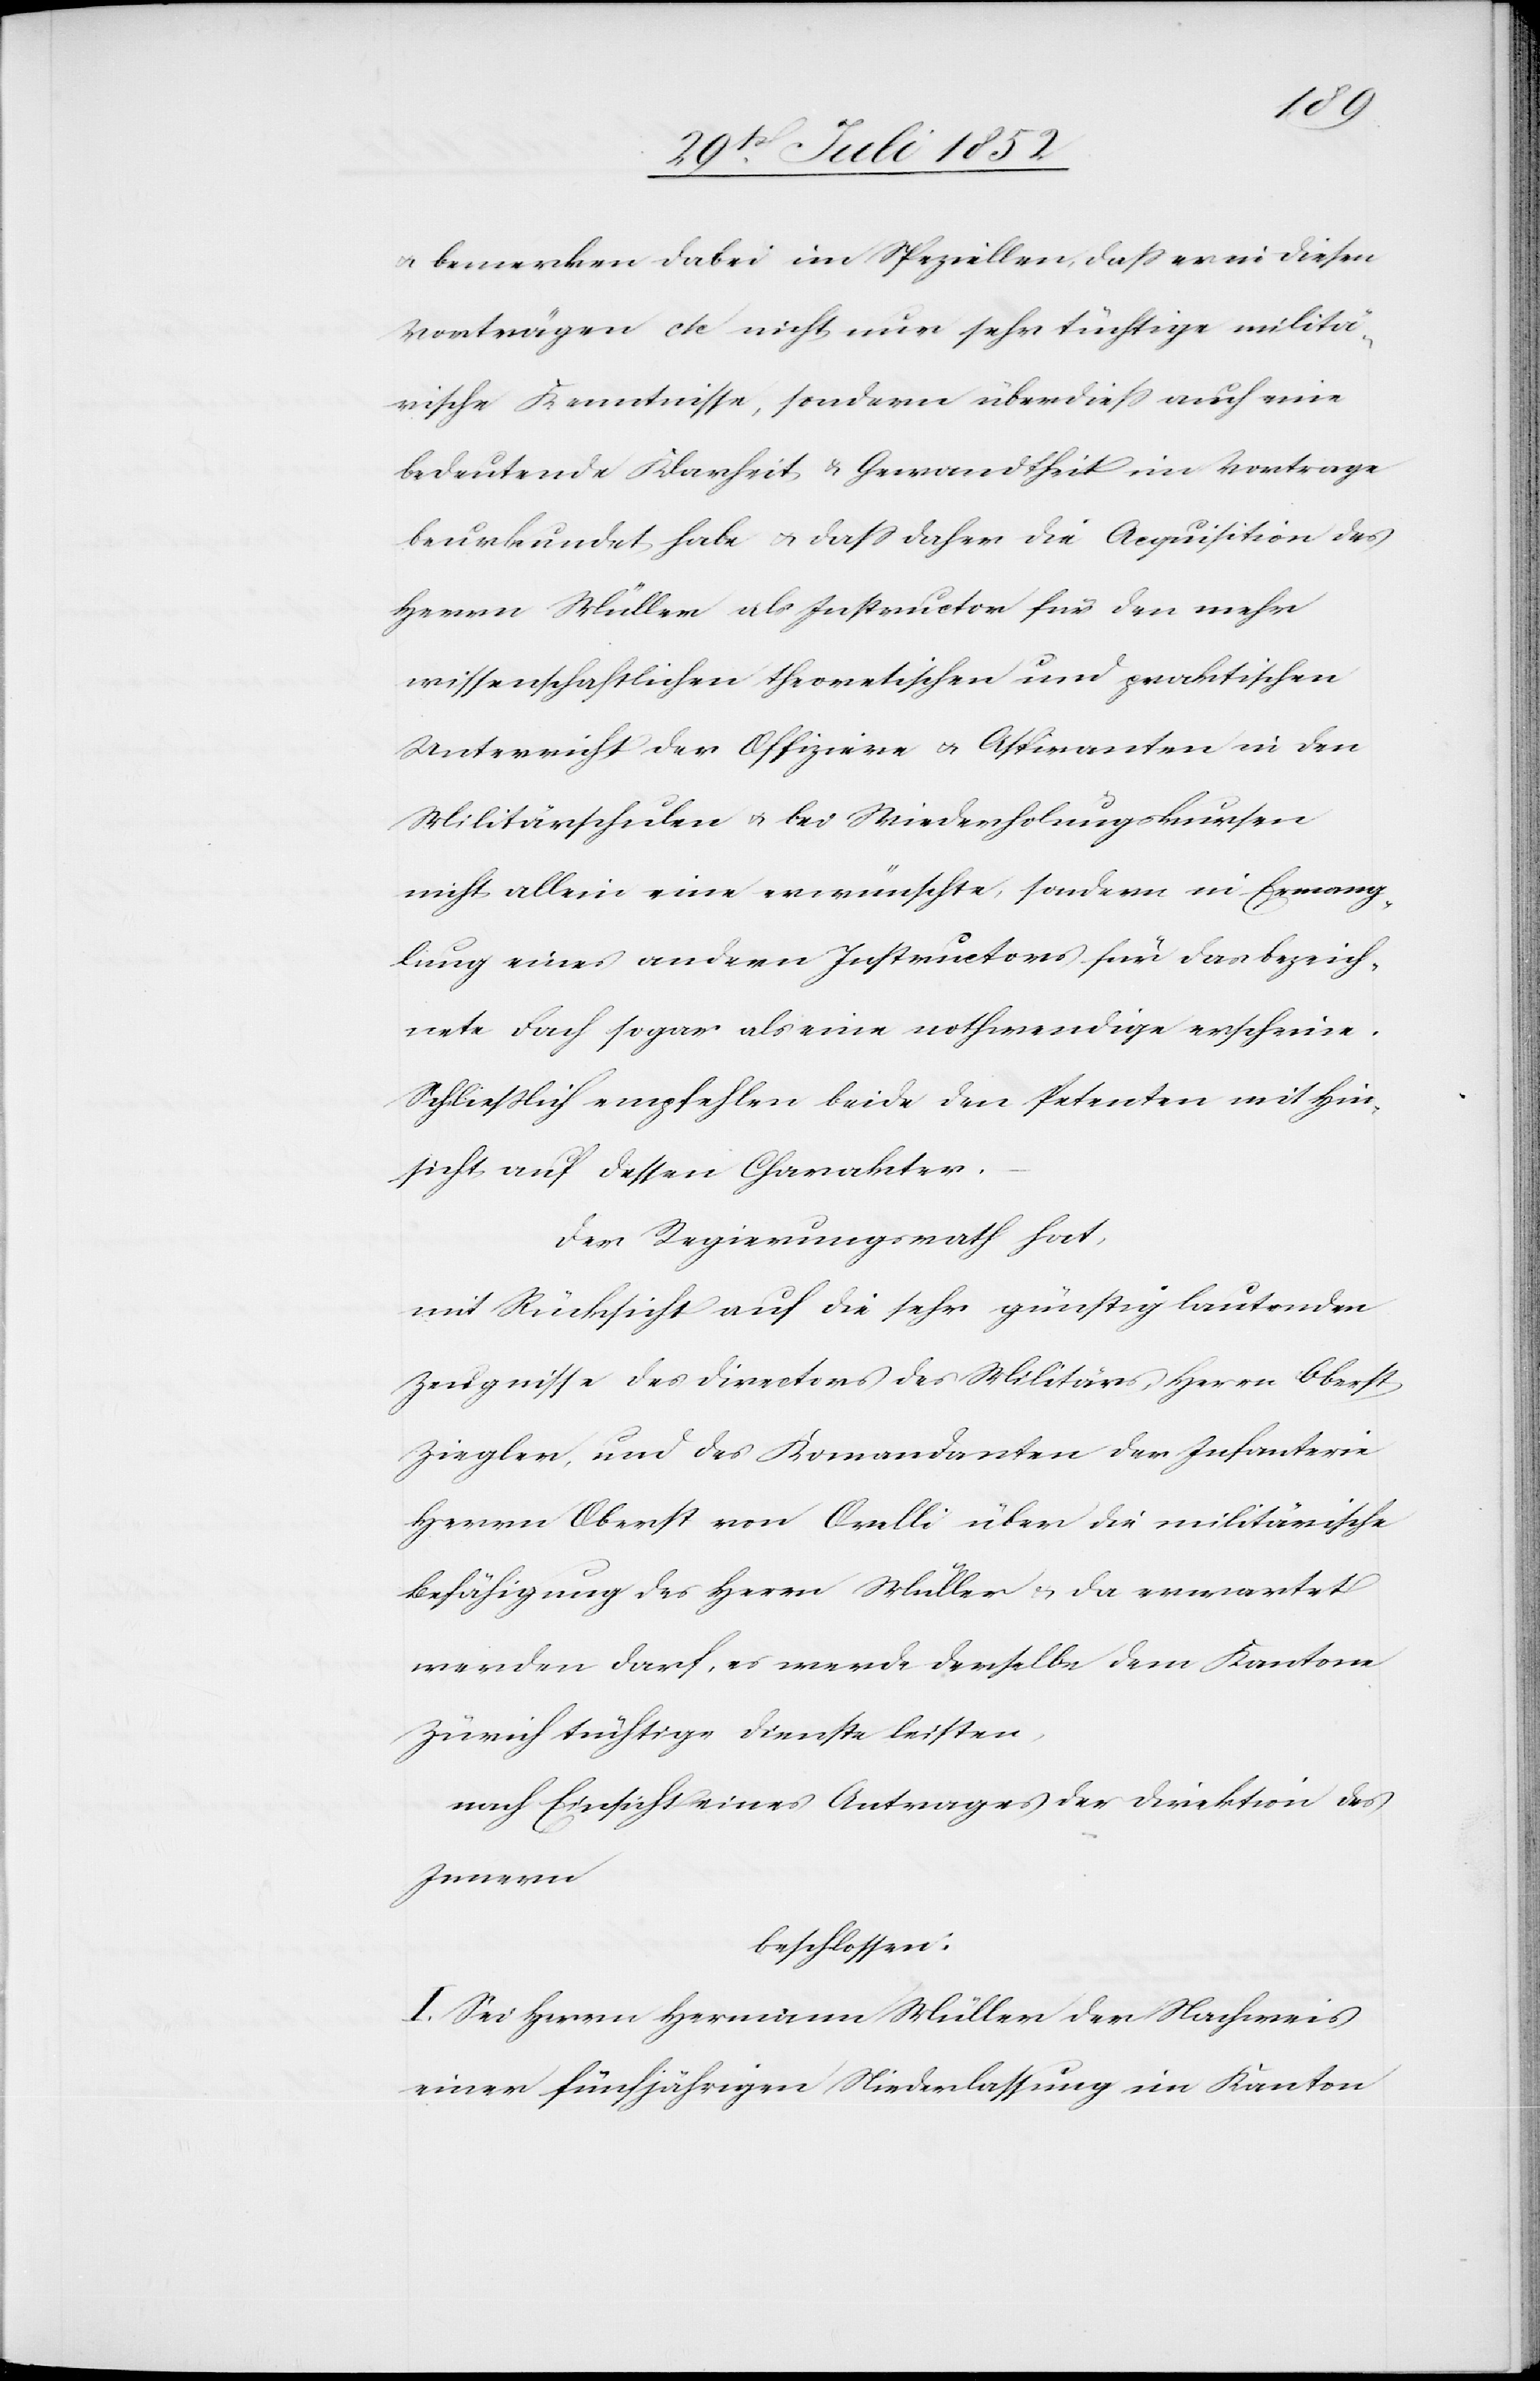
& bemerken dabei im Speziellen, dass er in diesen
Vorträgen etc nicht nur sehr tüchtige militä¬
rische Kenntnisse, sondern überdiess auch eine
bedeutende Klarheit & Gewandtheit im Vortrage
beurkundet habe & dass daher die Acquisition des
Herrn Müller als Instructor für den mehr
wissenschaftlichen theoretischen und praktischen
Unterricht der Offiziere & Aspiranten in den
Militärschulen & bei Wiederholungskursen
nicht allein eine erwünschte, sondern in Ermang¬
lung eines andern Instructors für das bezeich¬
nete Fach sogar als eine nothwendige erscheine.
Schließlich empfehlen beide den Petenten mit Hin¬
sicht auf dessen Charakter.
Der Regierungsrath hat,
mit Rücksicht auf die sehr günstig lautenden
Zeugnisse des Directors des Militärs, Herrn Oberst
Ziegler, und des Kom[m]andanten der Infanterie
Herrn Oberst von Orelli über die militärische
Befähigung des Herrn Müller & da erwartet
werden darf, es werde derselbe dem Kantone
Zürich tüchtige Dienste leisten,
nach Einsicht eines Antrages der Direktion des
Innern
beschlossen:
I. Sei Herrn Hermann Müller der Nachweis
einer fünfjährigen Niederlassung im Kanton